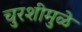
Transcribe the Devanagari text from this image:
चुरशीमुळे